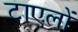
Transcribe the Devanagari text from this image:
टाएलों